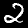
Label: 2